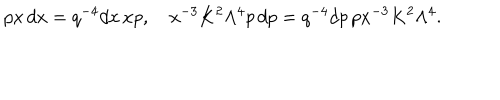
p x \, d x = q ^ { - 4 } d x \, x p , x ^ { - 3 } K ^ { 2 } \Lambda ^ { 4 } p \, d p = q ^ { - 4 } d p \, p x ^ { - 3 } K ^ { 2 } \Lambda ^ { 4 } .